Vaccination report Assam 1874-1896 - 1874-1896
Year: 1874
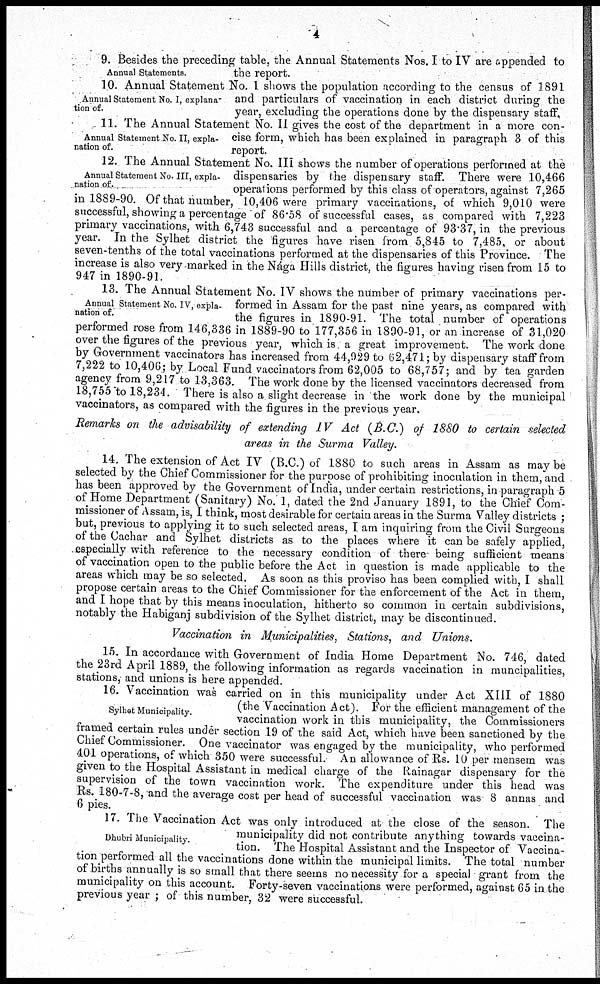
4
Annual Statements.
9. Besides the preceding table, the Annual Statements Nos. I to IV are appended to
the report.
Annual Statement No. I, explana-
tion of.
10. Annual Statement No. I shows the population according to the census of 1891
and particulars of vaccination in each district during the
year, excluding the operations done by the dispensary staff.
Annual Statement No. II, expla-
nation of.
11. The Annual statement No. II gives the cost of the department in a more con-
cise form, which has been explained in paragraph 3 of this
report.
Annual Statement No. III, expla-
nation of.
12. The Annual Statement No. III shows the number of operations performed at the
dispensaries by the dispensary staff. There were 10,466
operations performed by this class of operators, against 7,265
in 1889-90. Of that number, 10,406 were primary vaccinations, of which 9,010 were
successful, showing a percentage of 86.58 of successful cases, as compared with 7,223
primary vaccinations, with 6,743 successful and a percentage of 93.37, in the previous
year. In the Sylhet district the figures have risen from 5,845 to 7,485, or about
seven-tenths of the total vaccinations performed at the dispensaries of this Province. The
increase is also very marked in the Nága Hills district, the figures having risen from 15 to
947 in 1890-91.
Annual Statement No. IV, expla-
nation of.
13. The Annual Statement No. IV shows the number of primary vaccinations per-
formed in Assam for the past nine years, as compared with
the figures in 1890-91. The total number of operations
performed rose from 146,336 in 1889-90 to 177,356 in 1890-91, or an increase of 31,020
over the figures of the previous year, which is a great improvement. The work done
by Government vaccinators has increased from 44,929 to 62,471; by dispensary staff from
7,222 to 10,406; by Local Fund vaccinators from 62,005 to 68,757; and by tea garden
agency from 9,217 to 13,363. The work done by the licensed vaccinators decreased from
18,755 to 18,234. There is also a slight decrease in the work done by the municipal
vaccinators, as compared with the figures in the previous year.
Remarks on the advisability of extending IV Act (B.C.) of 1880 to certain selected
areas in the Surma Valley.
14. The extension of Act IV (B.C.) of 1880 to such areas in Assam as may be
selected by the Chief Commissioner for the purpose of prohibiting inoculation in them, and
has been approved by the Government of India, under certain restrictions, in paragraph -5
of Home Department (Sanitary) No. 1, dated the 2nd January 1891, to the Chief Com-
missioner of Assam, is, I think, most desirable for certain areas in the Surma Valley districts ;
but, previous to applying it to such selected areas, I am inquiring from the Civil Surgeons
of the Cachar and Sylhet districts as to the places where it can be safely applied,
especially with reference to the necessary condition of there- being sufficient means
of vaccination open to the public before the Act in question is made applicable to the
areas which may be so selected. As soon as this proviso has been complied with, I shall
propose certain areas to the Chief Commissioner for the enforcement of the Act in them,
and I hope that by this means inoculation, hitherto so common in certain subdivisions,
notably the Habiganj subdivision of the Sylhet district, may be discontinued.
Vaccination in Municipalities, Stations, and Unions.
15. In accordance with Government of India Home Department No. 746, dated
the 23rd April 1889, the following information as regards vaccination in muncipalities,
stations, and unions is here appended.
Sylhet Municipality.
16. Vaccination was carried on in this municipality under Act XIII of 1880
(the Vaccination Act). For the efficient management of the
vaccination work in this municipality, the Commissioners
framed certain rules under section 19 of the said Act, which have been sanctioned by the
Chief Commissioner. One vaccinator was engaged by the municipality, who performed
401 operations, of which 350 were successful. An allowance of Rs. 10 per mensem was
given to the Hospital Assistant in medical charge of the Rainagar dispensary for the
supervision of the town vaccination work. The expenditure under this head was
Rs. 180-7-8, and the average cost per head of successful vaccination was 8 annas and
6 pies.
Dhubri Municipality.
17. The Vaccination Act was only introduced at the close of the season. The
municipality did not contribute anything towards vaccina-
tion. The Hospital Assistant and the Inspector of Vaccina-
tion performed all the vaccinations done within the municipal limits. The total number
of births annually is so small that there seems no necessity for a special grant from the
municipality on this account. Forty-seven vaccinations were performed, against 65 in the
previous year ; of this number, 32 were successful.